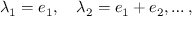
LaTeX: \lambda _ { 1 } = e _ { 1 } , \quad \lambda _ { 2 } = e _ { 1 } + e _ { 2 } , \ldots ,